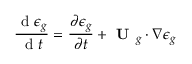
\frac { \mathrm { ~ d ~ } \epsilon _ { g } } { \mathrm { ~ d ~ } t } = \frac { \partial \epsilon _ { g } } { \partial t } + \textbf { U } _ { g } \cdot \nabla \epsilon _ { g }